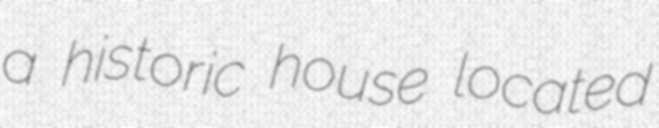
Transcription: a historic house located